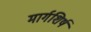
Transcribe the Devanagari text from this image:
मार्गशिर्ष